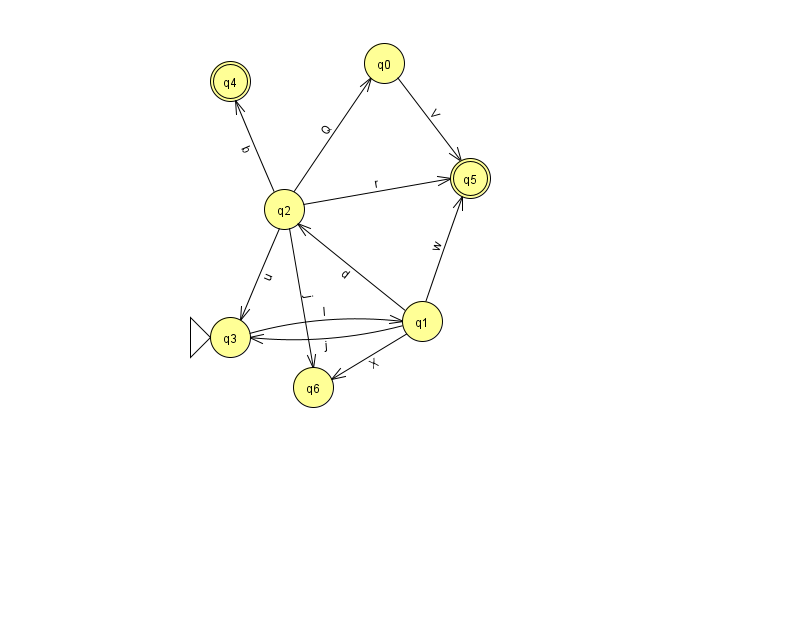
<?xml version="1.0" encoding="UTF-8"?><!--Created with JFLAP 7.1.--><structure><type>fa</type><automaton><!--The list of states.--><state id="0" name="q0"><x>384.0</x><y>50.0</y></state><state id="1" name="q1"><x>422.0</x><y>308.0</y></state><state id="2" name="q2"><x>284.0</x><y>196.0</y></state><state id="3" name="q3"><x>230.0</x><y>324.0</y><initial/></state><state id="4" name="q4"><x>230.0</x><y>68.0</y><final/></state><state id="5" name="q5"><x>470.0</x><y>165.0</y><final/></state><state id="6" name="q6"><x>313.0</x><y>374.0</y></state><!--The list of transitions.--><transition><from>0</from><to>5</to><read>V</read></transition><transition><from>1</from><to>3</to><read>j</read></transition><transition><from>1</from><to>5</to><read>w</read></transition><transition><from>2</from><to>3</to><read>u</read></transition><transition><from>2</from><to>4</to><read>b</read></transition><transition><from>2</from><to>6</to><read>j</read></transition><transition><from>3</from><to>1</to><read>I</read></transition><transition><from>1</from><to>2</to><read>d</read></transition><transition><from>2</from><to>0</to><read>Q</read></transition><transition><from>1</from><to>6</to><read>X</read></transition><transition><from>2</from><to>5</to><read>r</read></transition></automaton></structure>